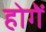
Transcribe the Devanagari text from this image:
होगेंं